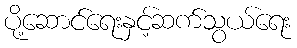
ပို့ဆောင်ရေးနှင့်ဆက်သွယ်ရေး